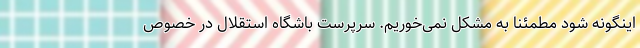
اینگونه شود مطمئنا به مشکل نمی‌خوریم. سرپرست باشگاه استقلال در خصوص